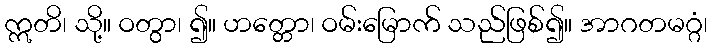
ဣတိ၊ သို့။ ဝတွာ၊ ၍။ ဟတ္တော၊ ဝမ်းမြောက် သည်ဖြစ်၍။ အာဂတမဂ္ဂံ၊